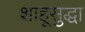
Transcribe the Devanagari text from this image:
शाहूसुद्धा